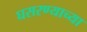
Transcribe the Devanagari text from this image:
घसरण्याच्या